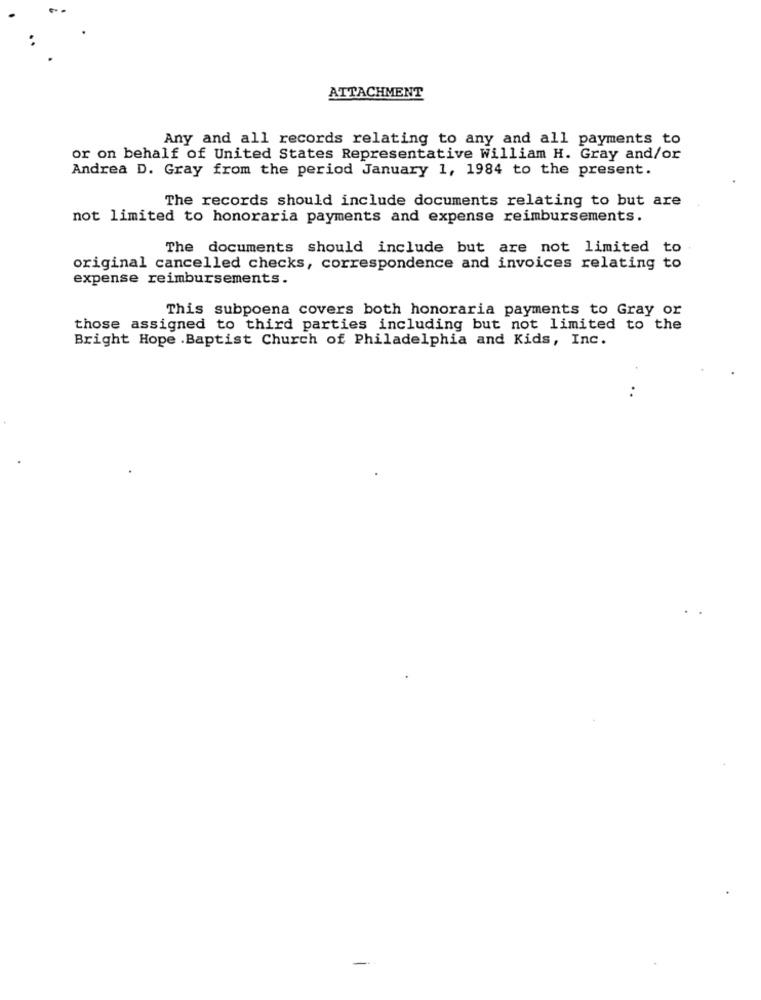
ATTACHMENT
Any and all records relating to any and all payments to
or on behalf of United States Representative William H. Gray and/or
Andrea D. Gray from the period January 1, 1984 to the present.
The records should include documents relating to but are
not limited to honoraria payments and expense reimbursements.
The documents should include but are not limited to
original cancelled checks, correspondence and invoices relating to
expense reimbursements.
This subpoena covers both honoraria payments to Gray or
those assigned to third parties including but not limited to the
Bright Hope .Baptist Church of Philadelphia and Kids, Inc.
..